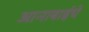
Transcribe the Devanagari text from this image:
आनाबाईचे